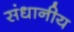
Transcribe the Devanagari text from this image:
संधानीय